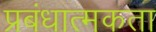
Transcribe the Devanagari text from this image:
प्रबंधात्मकता